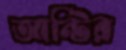
আন্টির